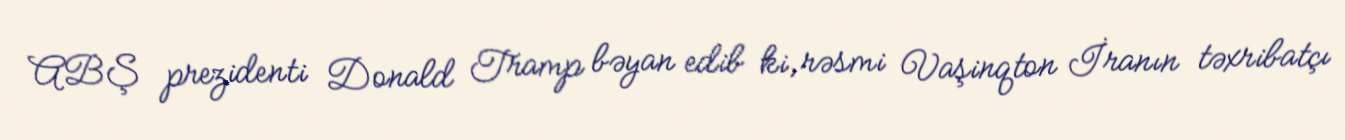
ABŞ prezidenti Donald Tramp bəyan edib ki, rəsmi Vaşinqton İranın təxribatçı